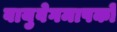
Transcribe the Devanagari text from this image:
वायुवेगमापकों